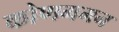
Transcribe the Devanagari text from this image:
कोणगमन